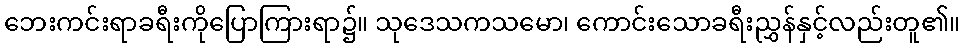
ဘေးကင်းရာခရီးကိုပြောကြားရာ၌။ သုဒေသကသမော၊ ကောင်းသောခရီးညွှန်နှင့်လည်းတူ၏။